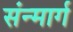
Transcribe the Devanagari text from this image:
संन्मार्ग